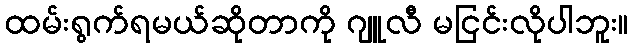
ထမ်းရွက်ရမယ်ဆိုတာကို ဂျူလီ မငြင်းလိုပါဘူး။